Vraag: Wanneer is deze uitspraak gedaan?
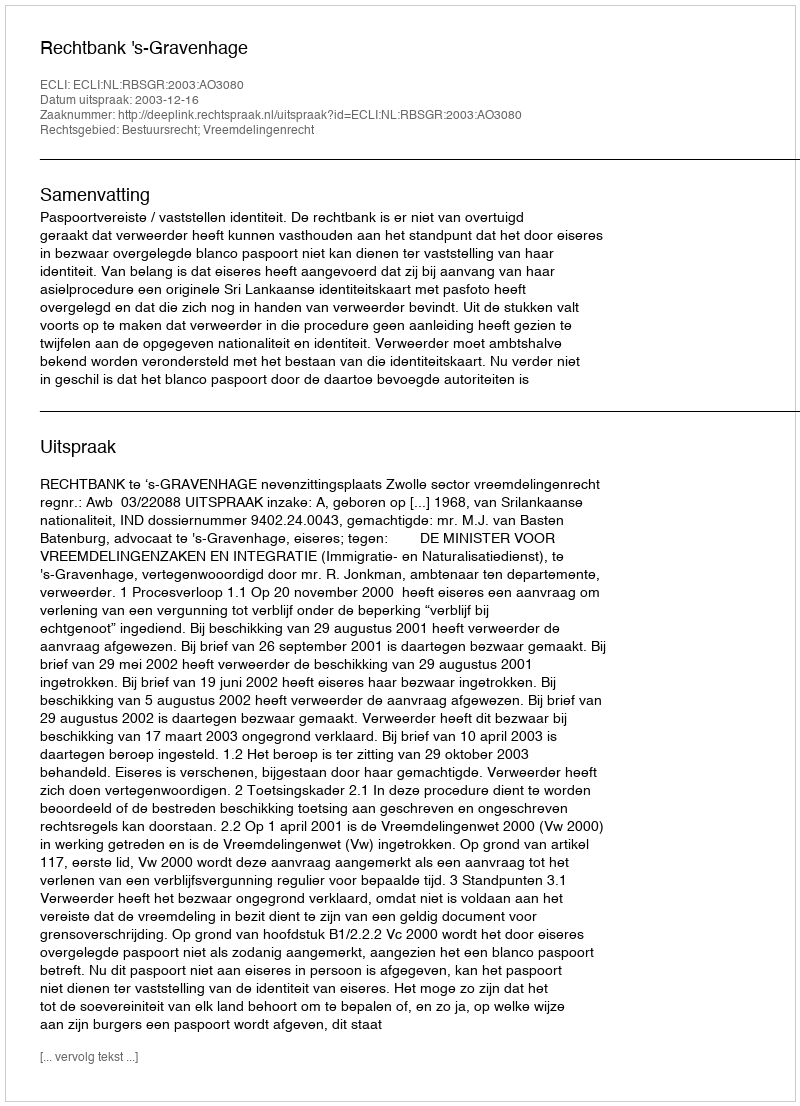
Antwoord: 2003-12-16